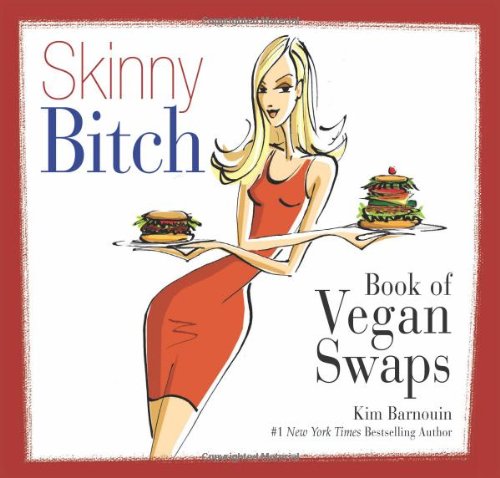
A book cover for Skinny Bitch Book of Vegan Swaps; Kim Barnouin; Health, Fitness & Dieting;